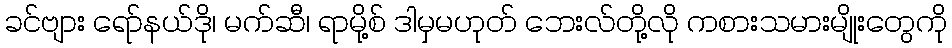
ခင်ဗျား ရော်နယ်ဒို၊ မက်ဆီ၊ ရာမို့စ် ဒါမှမဟုတ် ဘေးလ်တို့လို ကစားသမားမျိုးတွေကို